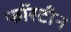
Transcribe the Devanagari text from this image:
फॉस्टीन